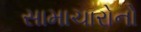
સામાચારોનો